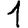
Digit: 1